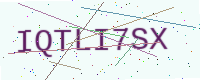
Text: IQTLI7SX